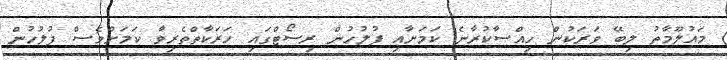
މައުލޫމާތު ލިބޭ ވަރަކުން ހިއްސާކުރާނެ ކަމަށާއި ފުލުހުން ރިސޯޓްގައި ހަރަކާތްތެރިވާ ކަމަށްވެސް ފުލުހުން